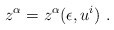
\begin{align*}z^\alpha =z^\alpha(\epsilon ,u ^i )\ . \end{align*}